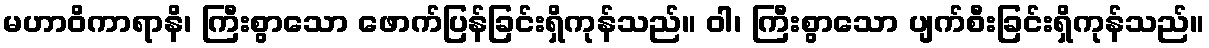
မဟာဝိကာရာနိ၊ ကြီးစွာသော ဖောက်ပြန်ခြင်းရှိကုန်သည်။ ဝါ၊ ကြီးစွာသော ပျက်စီးခြင်းရှိကုန်သည်။